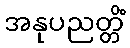
အနုပညတ္တိံ